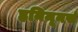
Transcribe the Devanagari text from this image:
हनिमूनर्स